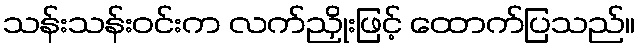
သန်းသန်းဝင်းက လက်ညှိုးဖြင့် ထောက်ပြသည်။